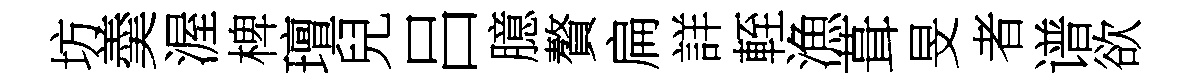
坊羮渥椑璮兒吕臆贅扁詳輊漁葺旻者谱欲